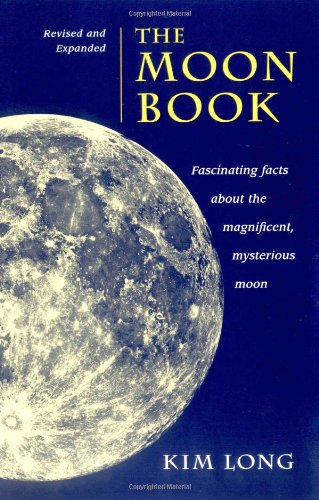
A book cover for The Moon Book: Fascinating Facts About the Magnificent, Mysterious Moon; Kim Long; Science & Math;